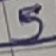
Text: 5